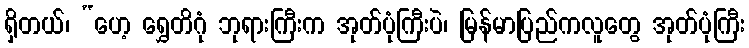
ရှိတယ်၊ “ဟေ့ ရွှေတိဂုံ ဘုရားကြီးက အုတ်ပုံကြီးပဲ၊ မြန်မာပြည်ကလူတွေ အုတ်ပုံကြီး